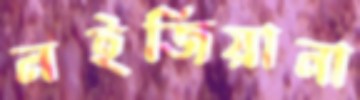
লইজিয়ানা